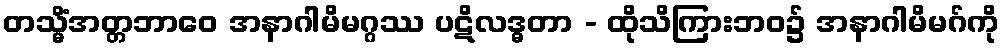
တသ္မိံအတ္တဘာဝေ အနာဂါမိမဂ္ဂဿ ပဋိလဒ္ဓတာ - ထိုသိကြားဘဝ၌ အနာဂါမိမဂ်ကို